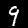
Digit: 9